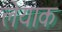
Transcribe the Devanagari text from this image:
लेयाक